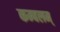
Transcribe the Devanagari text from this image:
कम्बलम्